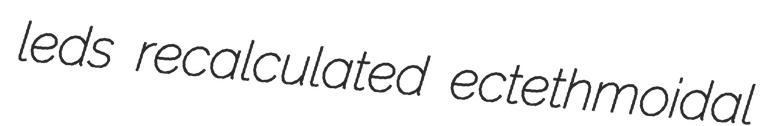
leds recalculated ectethmoidal